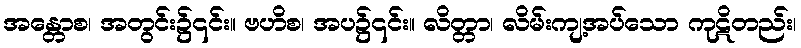
အန္တောစ၊ အတွင်း၌၎င်း။ ဗဟိစ၊ အပ၌၎င်း။ လိတ္တာ၊ လိမ်းကျ့အပ်သော ကုဋိတည်း၊